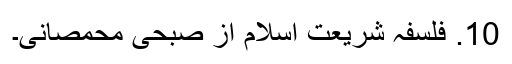
10. فلسفہ شریعت اسلام از صبحی محمصانی۔